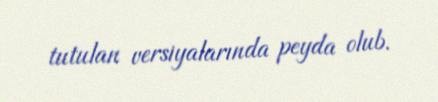
tutulan versiyalarında peyda olub.